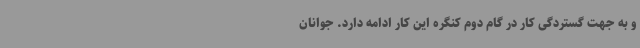
و به جهت گستردگی کار در گام دوم کنگره این کار ادامه دارد. جوانان